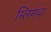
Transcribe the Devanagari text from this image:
स्लिमचा